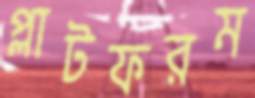
প্লাটফরম